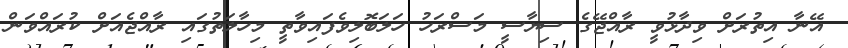
އޭނާ އިތުރަށް ވިދާޅުވީ ރާއްޖޭގެ ސިޔާސީ މަސްރަހު ހަލަބޮލިވެފައިވާތީ މިހާލަތުގައި ރާއްޖެއަށް ކުރައްވަން